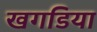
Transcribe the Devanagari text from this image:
खगडिया